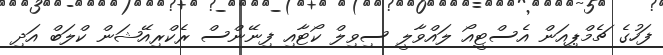
ފަހުގެ ޗެމްޕިއަން އެސްޓީއޯ ލައްވާލީ ސިވިލް ކޯޓާއި ފިނޭންސް ރެކްރިއޭޝަން ކްލަބް އަދި